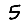
Digit: 5